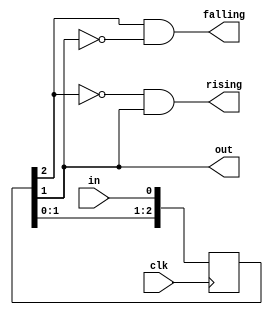
module sync_signal(
	input clk,			/* clock */
	input in,			/* input signal */
	output out,			/* synchronized output signal */
	output falling,		/* synchronized falling edge output */
	output rising,		/* synchronized rising edge output */
);
	reg [2:0] shiftreg;

	initial begin
		shiftreg <= 0;
	end

	always @(posedge clk) begin
		shiftreg[2:1] <= shiftreg[1:0];
		shiftreg[0] <= in;
	end

	assign out = shiftreg[1];
	assign falling = shiftreg[2] & ~shiftreg[1];
	assign rising = ~shiftreg[2] & shiftreg[1];

endmodule